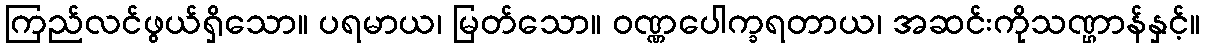
ကြည်လင်ဖွယ်ရှိသော။ ပရမာယ၊ မြတ်သော။ ဝဏ္ဏပေါက္ခရတာယ၊ အဆင်းကိုသဏ္ဌာန်နှင့်။